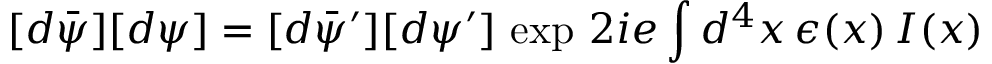
[ d \bar { \psi } ] [ d \psi ] = [ d \bar { \psi } ^ { \prime } ] [ d \psi ^ { \prime } ] \, \exp \, { 2 i e \int d ^ { 4 } x \, \epsilon ( x ) \, I ( x ) }